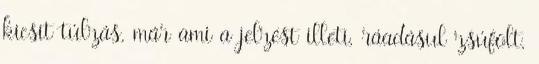
kicsit túlzás, már ami a jelzést illeti, ráadásul zsúfolt,